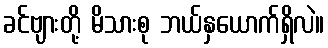
ခင်ဗျားတို့ မိသားစု ဘယ်နှယောက်ရှိလဲ။